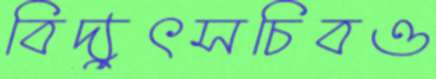
বিদ্যুৎসচিবও